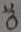
Text: Out